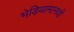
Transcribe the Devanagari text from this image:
भेड़ियामानवों